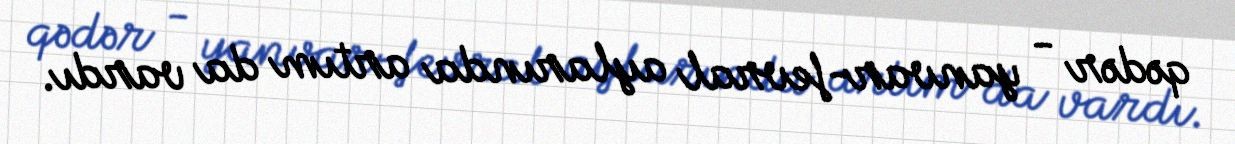
qədər - yanvar-fevral aylarında artım da vardı.